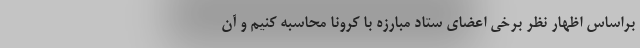
براساس اظهار نظر برخی اعضای ستاد مبارزه با کرونا محاسبه کنیم و آن